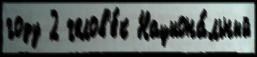
году 2 челов'е́к Национа́льный